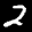
Label: 2